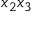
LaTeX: x _ { 2 } x _ { 3 }